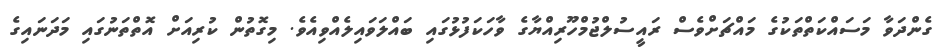
ގެންދަވާ މަސައްކަތްތަކުގެ މައްޗަށްވެސް ރައީސުލްޖުމްހޫރިއްޔާގެ ވާހަކަފުޅުގައި ބައްލަވައިލެއްވިއެވެ. މިގޮތުން ކުރިއަށް އޮތްތަނުގައި މަދަނައިގެ